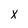
Character: X